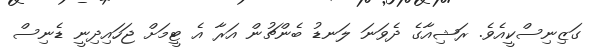
ގަޒިނިސްކީއެވެ. ރަޝިއާގެ ދެވަނަ ލަނޑު ބެންޗުން އަރާ އެ ޓީމަށް ޖަހައިދިނީ ޑެނިސް